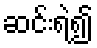
ဆင်းရဲ၍